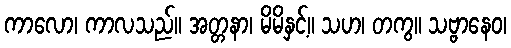
ကာလော၊ ကာလသည်။ အတ္တနာ၊ မိမိနှင့်။ သဟ၊ တကွ။ သဗ္ဗာနေဝ၊